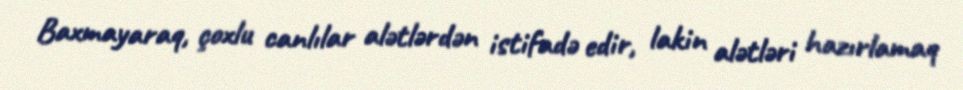
Baxmayaraq, çoxlu canlılar alətlərdən istifadə edir, lakin alətləri hazırlamaq